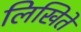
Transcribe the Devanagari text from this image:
लिखिते